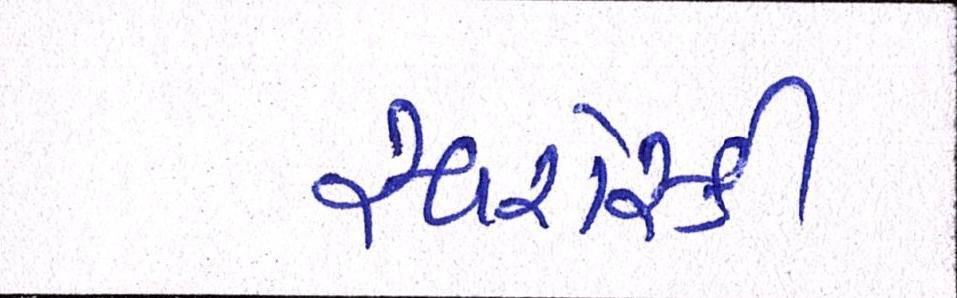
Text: સ્વરોસ્કી